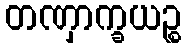
တဏှာက္ခယဉ္စ